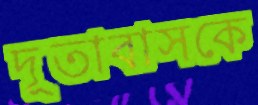
দূতাবাসকে